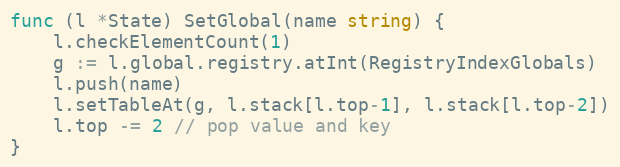
Language: Go
func (l *State) SetGlobal(name string) {
	l.checkElementCount(1)
	g := l.global.registry.atInt(RegistryIndexGlobals)
	l.push(name)
	l.setTableAt(g, l.stack[l.top-1], l.stack[l.top-2])
	l.top -= 2 // pop value and key
}